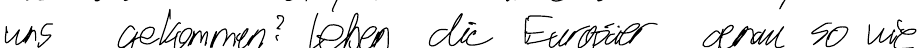
uns gekommen? Leben die Europäer genau so wie